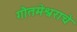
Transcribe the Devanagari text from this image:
गौतमेश्वराचे